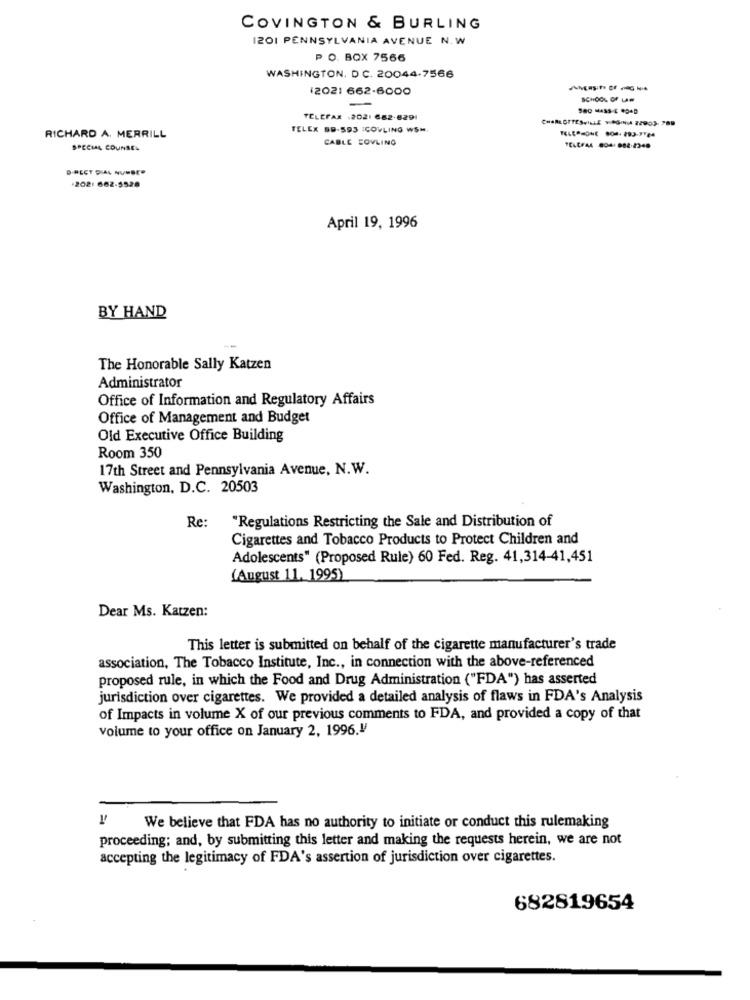
COVINGTON & BURLING
I201 PENNSYLVANIA AVENUE N.W
PO. BOX 7566
WASHINGTON. D.C. 20044-7566
(2021 662-6000
SCHOOL OF LAW
--
TELEFAX :2021 662-6291
CHARLOTTESVILLE VIRGINIA 22903- 789
TELEX SD-593 ICOWLING WSM.
RICHARD A. MERRILL
CABLE EQVLING
SPECIAL COUNSEL
DIRECT DIAL NUMBER
-2021 662-5528
April 19, 1996
BY HAND
The Honorable Sally Katzen
Administrator
Office of Information and Regulatory Affairs
Office of Management and Budget
Old Executive Office Building
Room 350
17th Street and Pennsylvania Avenue, N.W.
Washington, D.C. 20503
Re:
"Regulations Restricting the Sale and Distribution of
Cigarettes and Tobacco Products to Protect Children and
Adolescents" (Proposed Rule) 60 Fed. Reg. 41,314-41,451
(August 11. 1995)
Dear Ms. Katzen:
This letter is submitted on behalf of the cigarette manufacturer's trade
association, The Tobacco Institute, Inc ., in connection with the above-referenced
proposed rule, in which the Food and Drug Administration ("FDA") has asserted
jurisdiction over cigarettes. We provided a detailed analysis of flaws in FDA's Analysis
of Impacts in volume X of our previous comments to FDA, and provided a copy of that
volume to your office on January 2, 1996.V
=
We believe that FDA has no authority to initiate or conduct this rulemaking
proceeding; and, by submitting this letter and making the requests herein, we are not
accepting the legitimacy of FDA's assertion of jurisdiction over cigarettes.
682819654